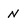
Character: N